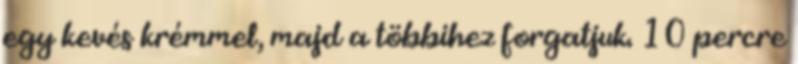
egy kevés krémmel, majd a többihez forgatjuk. 10 percre